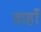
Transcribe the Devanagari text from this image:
वाहाँ